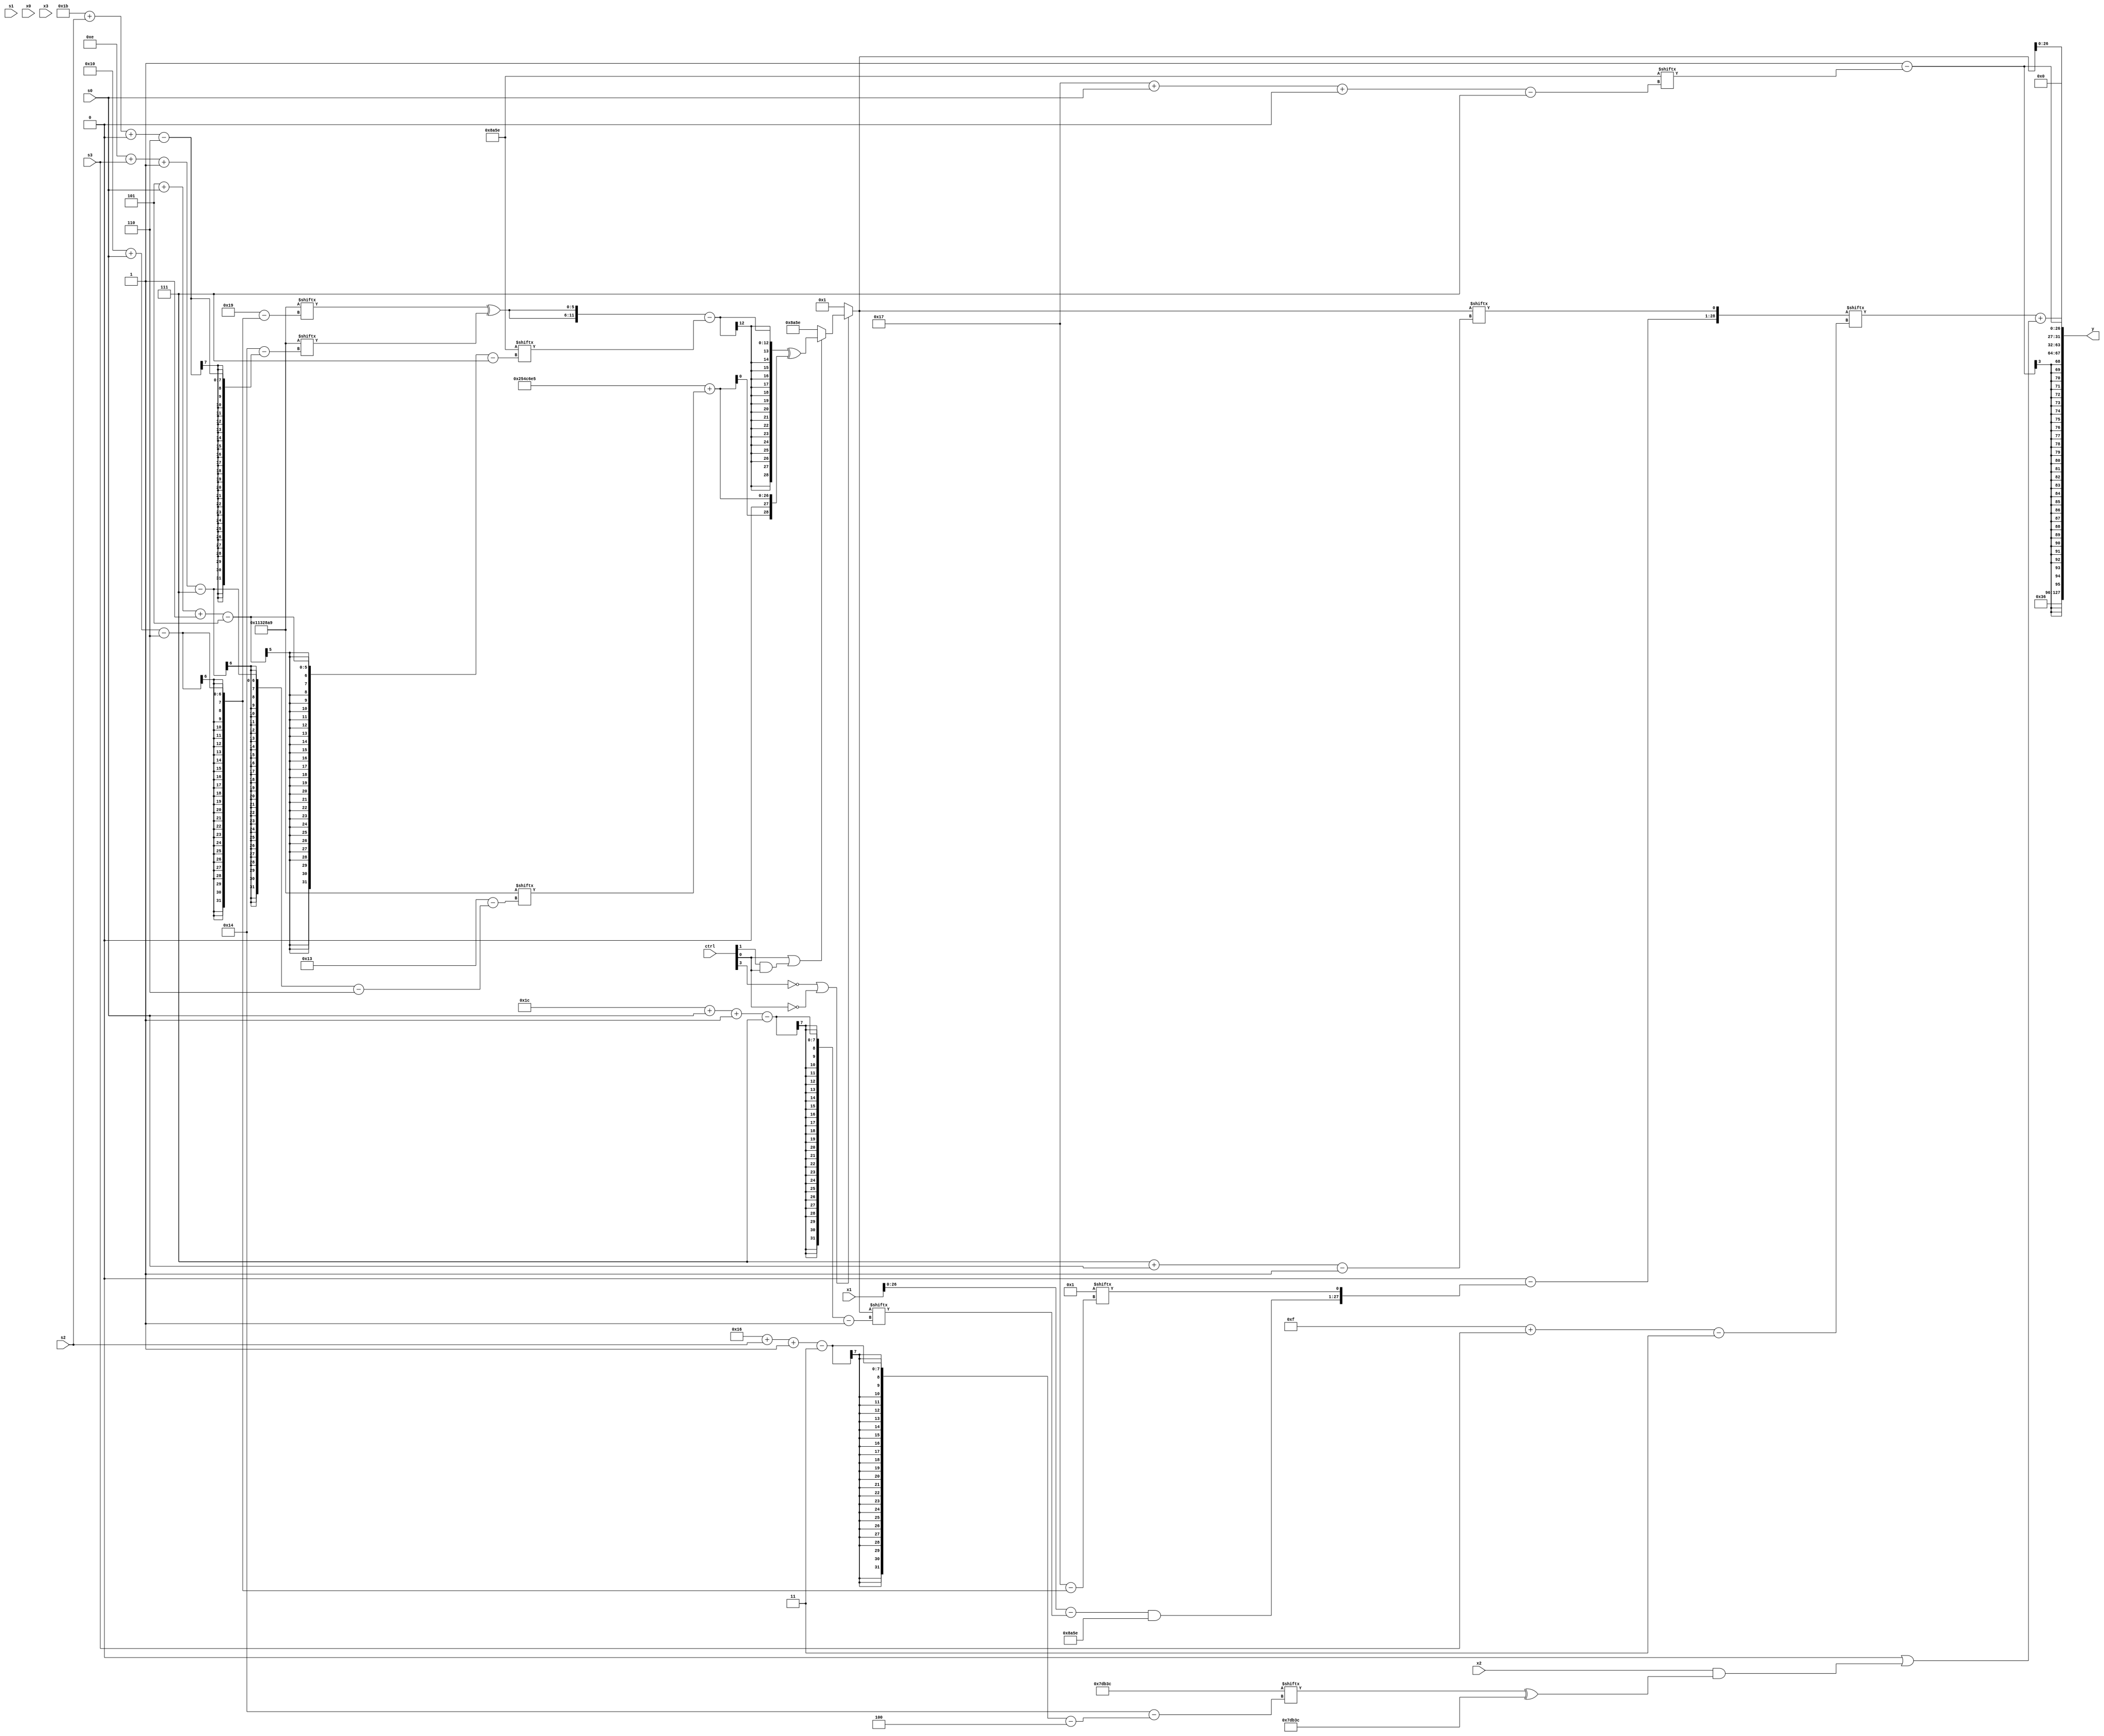
module partsel_00416(ctrl, s0, s1, s2, s3, x0, x1, x2, x3, y);
  input [3:0] ctrl;
  input [2:0] s0;
  input [2:0] s1;
  input [2:0] s2;
  input [2:0] s3;
  input signed [31:0] x0;
  input signed [31:0] x1;
  input [31:0] x2;
  input signed [31:0] x3;
  wire [1:30] x4;
  wire [6:29] x5;
  wire [26:3] x6;
  wire [2:28] x7;
  wire signed [29:1] x8;
  wire [28:2] x9;
  wire [7:28] x10;
  wire [28:3] x11;
  wire [30:7] x12;
  wire signed [3:25] x13;
  wire signed [31:3] x14;
  wire [1:27] x15;
  output [127:0] y;
  wire signed [31:0] y0;
  wire [31:0] y1;
  wire [31:0] y2;
  wire signed [31:0] y3;
  assign y = {y0,y1,y2,y3};
  localparam [29:7] p0 = 964725342;
  localparam [4:26] p1 = 705157948;
  localparam signed [6:31] p2 = 152250537;
  localparam [27:0] p3 = 39110373;
  assign x4 = p0;
  assign x5 = x4[18 +: 2];
  assign x6 = x5[10 + s2];
  assign x7 = ({p2[22 -: 3], x2[21]} ^ p3);
  assign x8 = (!ctrl[3] || !ctrl[0] && !ctrl[0] ? (ctrl[0] || ctrl[1] && ctrl[0] ? (({2{(p2[16 + s0] ^ p2[27 + s2 +: 6])}} - p0[5 + s0 -: 5]) ^ {2{{2{(p3 + p2[14 + s3 -: 7])}}}}) : x4) : (x6[19 -: 3] | p0[18]));
  assign x9 = x8;
  assign x10 = x8[28 + s0 -: 7];
  assign x11 = (p2 + p1);
  assign x12 = p2;
  assign x13 = x0[10 + s2];
  assign x14 = {2{{(x10[15 +: 3] - {2{{((x1 - x10) & p0), x5[16 + s0]}}}), x8[7 + s0]}}};
  assign x15 = (x13 + x3[16]);
  assign y0 = {2{p3[13 +: 3]}};
  assign y1 = (p1[14] - p0[23 + s0 +: 3]);
  assign y2 = {x15[17 +: 4], (x14[15 + s3] + (p2[19] | (x2 & (p1[22 + s2 -: 3] ^ p1))))};
  assign y3 = x9;
endmodule